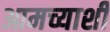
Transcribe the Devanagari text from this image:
आमच्याशी